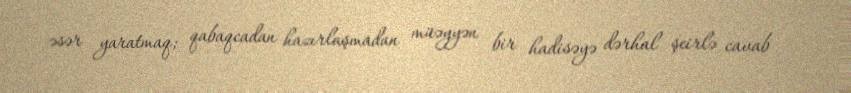
əsər yaratmaq; qabaqcadan hazırlaşmadan müəyyən bir hadisəyə dərhal şeirlə cavab